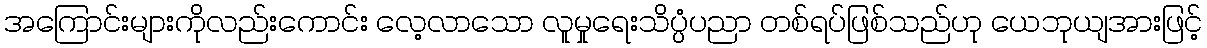
အကြောင်းများကိုလည်းကောင်း လေ့လာသော လူမှုရေးသိပ္ပံပညာ တစ်ရပ်ဖြစ်သည်ဟု ယေဘုယျအားဖြင့်